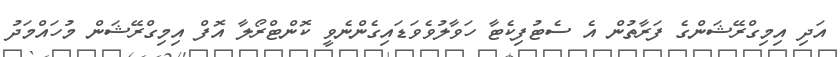
އަދި އިމިގްރޭޝަންގެ ފަރާތުން އެ ސެޓުފިކެޓާ ހަވާލުވެވަޑައިގެންނެވީ ކޮންޓްރޯލާ އޮފް އިމިގްރޭޝަން މުހައްމަދު